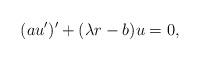
LaTeX: \begin{align*}(au')'+(\lambda r-b)u=0,\end{align*}